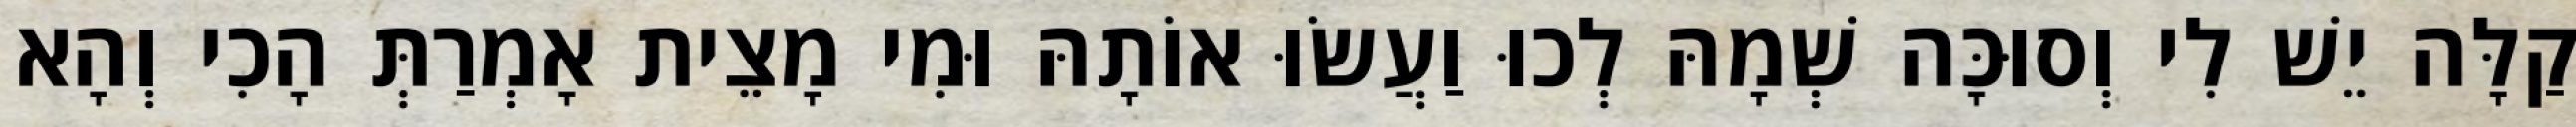
קַלָּה יֵשׁ לִי וְסוּכָּה שְׁמָהּ לְכוּ וַעֲשׂוּ אוֹתָהּ וּמִי מָצֵית אָמְרַתְּ הָכִי וְהָא